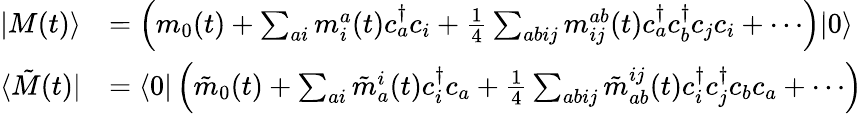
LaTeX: \begin{array}{rl}{\vert{M(t)}\rangle}&{=\left(m_{0}(t)+\sum_{ai}m_{i}^{a}(t)c_{a}^{\dagger}c_{i}+\frac{1}{4}\sum_{abij}m_{ij}^{ab}(t)c_{a}^{\dagger}c_{b}^{\dagger}c_{j}c_{i}+\cdots\right)\vert{0}\rangle}\\ {\langle{\tilde{M}(t)}\vert}&{=\langle{0}\vert\left(\tilde{m}_{0}(t)+\sum_{ai}\tilde{m}_{a}^{i}(t)c_{i}^{\dagger}c_{a}+\frac{1}{4}\sum_{abij}\tilde{m}_{ab}^{ij}(t)c_{i}^{\dagger}c_{j}^{\dagger}c_{b}c_{a}+\cdots\right)}\end{array}